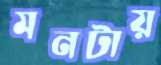
মনটায়